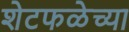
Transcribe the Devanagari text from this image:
शेटफळेच्या